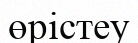
өрістеу